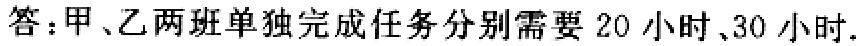
答：甲、乙两班单独完成任务分别需要 20 小时、30 小时.